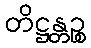
တိဋ္ဌန္တဉ္စ